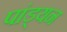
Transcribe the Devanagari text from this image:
पांड्यन